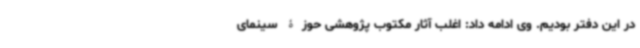
در این دفتر بودیم. وی ادامه داد: اغلب آثار مکتوب پژوهشی حوزۀ سینمای